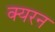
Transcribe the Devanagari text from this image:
क्यरन